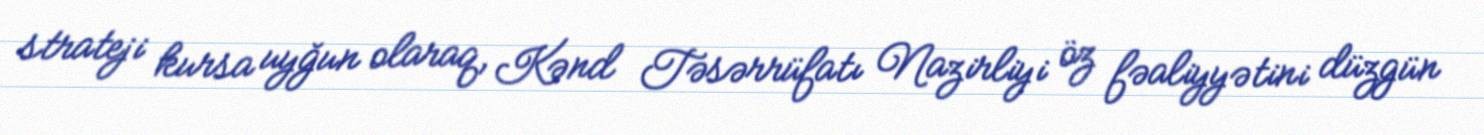
strateji kursa uyğun olaraq, Kənd Təsərrüfatı Nazirliyi öz fəaliyyətini düzgün